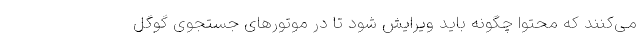
می‌کنند که محتوا چگونه باید ویرایش شود تا در موتورهای جستجوی گوگل